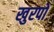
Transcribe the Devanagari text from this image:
खुरपों